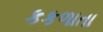
કકળાતા